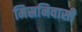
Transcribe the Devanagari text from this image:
मिस्रनिवासी